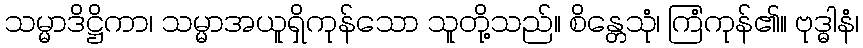
သမ္မာဒိဋ္ဌိကာ၊ သမ္မာအယူရှိကုန်သော သူတို့သည်။ စိန္တေသုံ၊ ကြံကုန်၏။ ဗုဒ္ဓါနံ၊